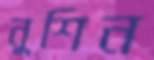
নুশিন